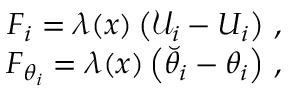
\begin{array} { r } { F _ { i } = \lambda ( x ) \left( \mathcal { U } _ { i } - U _ { i } \right) \, , } \\ { F _ { \theta _ { i } } = \lambda ( x ) \left( \Breve { \theta } _ { i } - \theta _ { i } \right) \, , } \end{array}